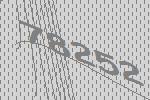
78252